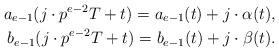
LaTeX: \begin{align*}a_{e-1}(j\cdot p^{e-2}T+t)=a_{e-1}(t)+j\cdot \alpha(t),\\b_{e-1}(j\cdot p^{e-2}T+t)=b_{e-1}(t)+j\cdot \beta(t). \end{align*}